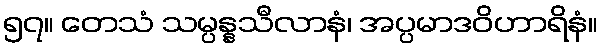
၅၇။ တေသံ သမ္ပန္နသီလာနံ၊ အပ္ပမာဒဝိဟာရိနံ။